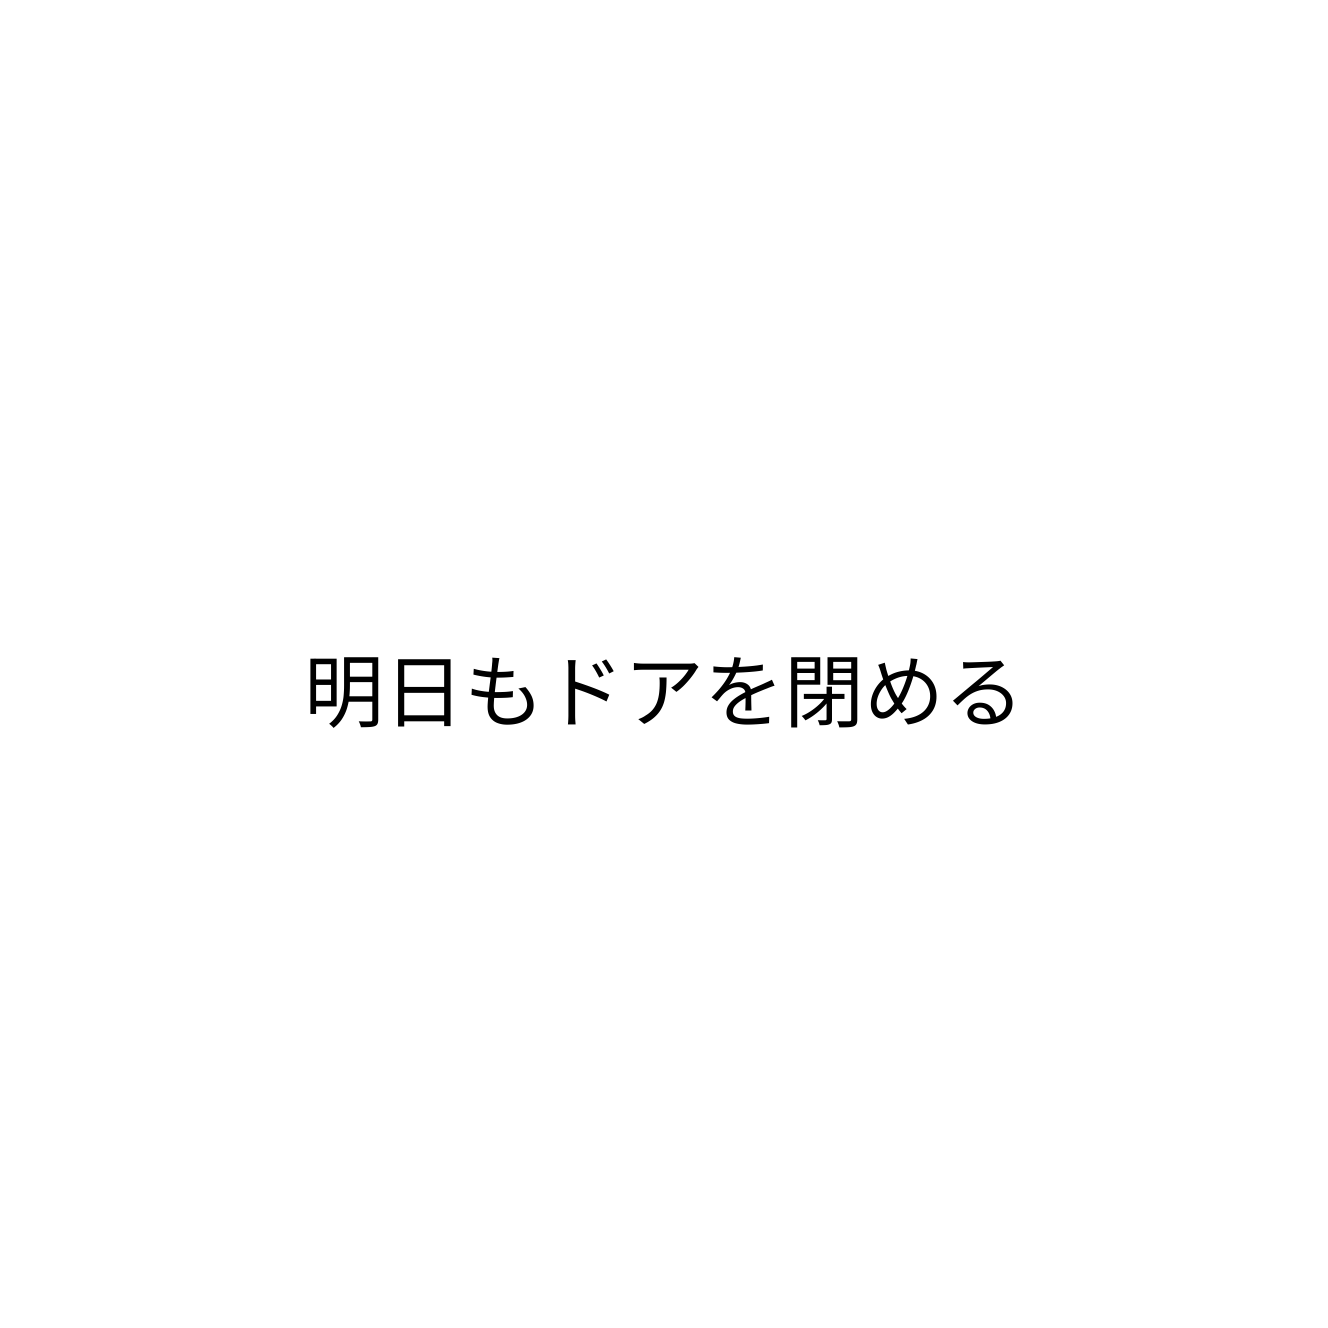
明日もドアを閉める